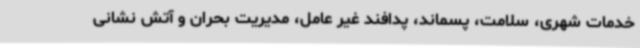
خدمات شهری، سلامت، پسماند، پدافند غیر عامل، مدیریت بحران و آتش نشانی